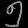
Digit: ၅